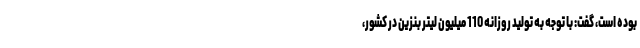
بوده است، گفت: با توجه به تولید روزانه 110 میلیون لیتر بنزین در کشور،